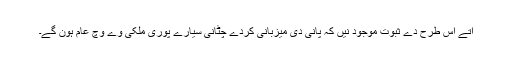
اُتے اس طرح دے ثبوت موجود نيں کہ پانی دی میزبانی کردے چٹانی سیارے پوری ملکی وے وچ عام ہون گے۔